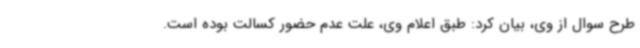
طرح سوال از وی، بیان کرد: طبق اعلام وی، علت عدم حضور کسالت بوده است.